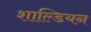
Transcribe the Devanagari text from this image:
शाल्डियन